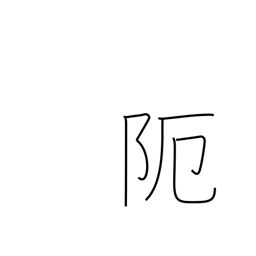
Meaning: narrow